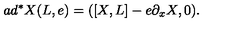
a d ^ { * } X ( L , e ) = ( \left[ X , L \right] - e \partial _ { x } X , 0 ) .